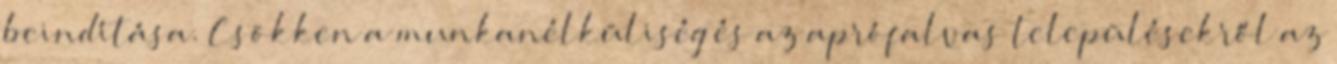
beindítása. Csökken a munkanélküliség és az aprófalvas településekről az